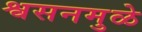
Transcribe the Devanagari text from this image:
श्वसनमुळे